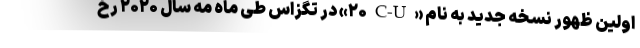
اولین ظهور نسخه جدید به نام «۲۰C-U» در تگزاس طی ماه مه سال ۲۰۲۰ رخ